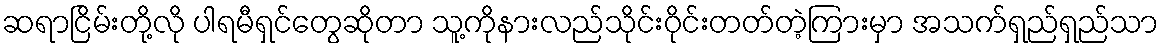
ဆရာငြိမ်းတို့လို ပါရမီရှင်တွေဆိုတာ သူ့ကိုနားလည်သိုင်းဝိုင်းတတ်တဲ့ကြားမှာ အသက်ရှည်ရှည်သာ